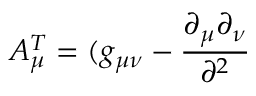
A _ { \mu } ^ { T } = ( g _ { \mu \nu } - \frac { \partial _ { \mu } \partial _ { \nu } } { \partial ^ { 2 } }